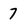
Character: 7